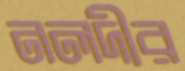
নলদীর